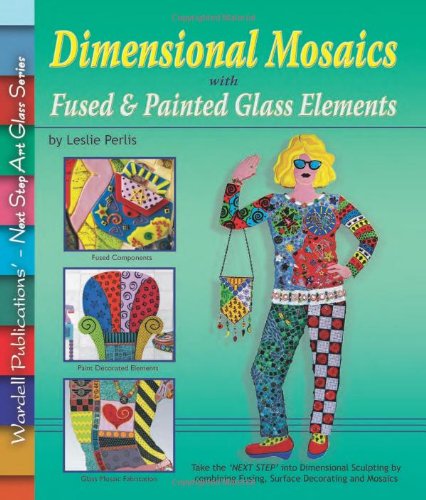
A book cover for Dimensional Mosaics: With Fused & Painted Glass Elements (Next Step Art Glass); Leslie Perlis; Crafts, Hobbies & Home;